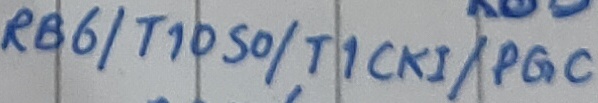
Text: RB6/T1050/T1CKi/PGC